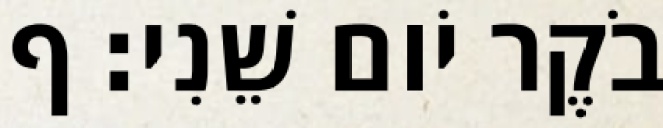
בֹקֶר יֹום שֵׁנִי׃ ף